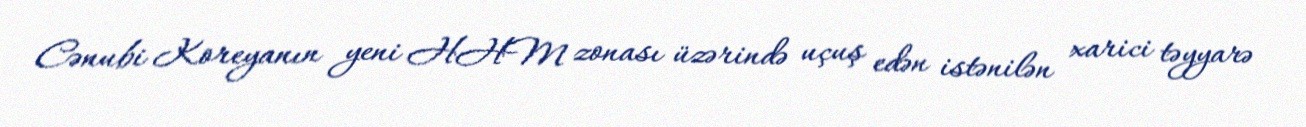
Cənubi Koreyanın yeni HHM zonası üzərində uçuş edən istənilən xarici təyyarə